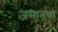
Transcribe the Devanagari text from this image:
जमातचा